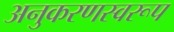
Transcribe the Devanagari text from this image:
अनुकरणस्वरूप